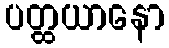
ပတ္ထယာနော